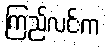
ကြည်လင်းက